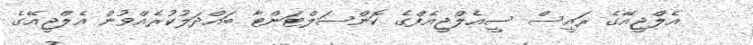
އެލްޖީއޭގެ ރައީސް ސީއެލްޖީއެފްގެ ކޮންސަލްޓަންޓާ ބައްދަލުކުރެއްވުން އެލްޖީއޭގެ